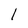
Character: l